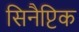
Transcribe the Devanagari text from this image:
सिनैप्टिक